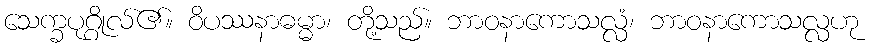
သေက္ခပုဂ္ဂိုလ်၏။ ဝိပဿနာဓမ္မာ၊ တို့သည်။ ဘာဝနာကောသလ္လံ၊ ဘာဝနာကောသလ္လဟု